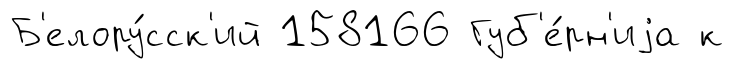
Б'елору́сск'ий 158166 Губ'е́рн'иjа к